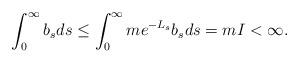
LaTeX: \begin{align*} \int_0^\infty b_sds &\leq\int_0^\infty me^{-L_s}b_sds = mI < \infty. \end{align*}